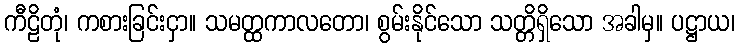
ကီဠိတုံ၊ ကစားခြင်းငှာ။ သမတ္ထကာလတော၊ စွမ်းနိုင်သော သတ္တိရှိသော အခါမှ။ ပဋ္ဌာယ၊